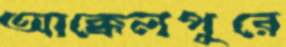
আক্কেলপুরে